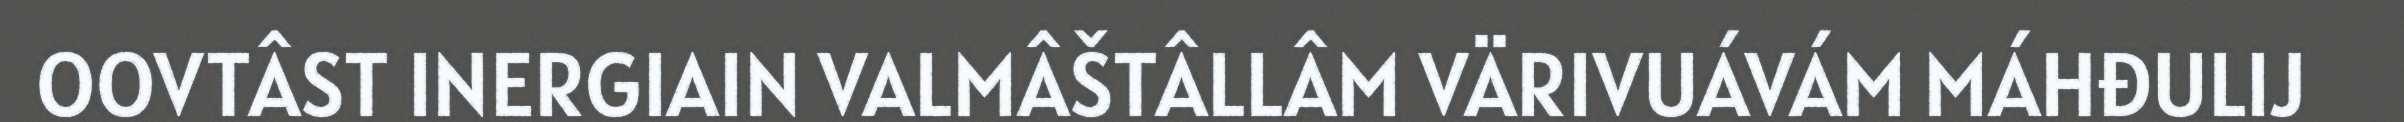
OOVTÂST INERGIAIN VALMÂŠTÂLLÂM VÄRIVUÁVÁM MÁHĐULIJ